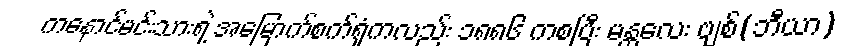
ကနောင်မင်းသားရဲ့ အမြောက်စက်ရုံကလည်း ၁၈၈၆ ကစပြီး မန္တလေး ဗျစ်(ဘီယာ)